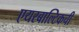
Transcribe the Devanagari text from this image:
एयरबाल्टिकची